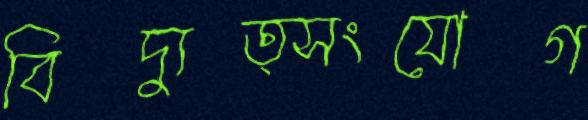
বিদ্যুত্সংযোগ